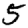
Digit: 5